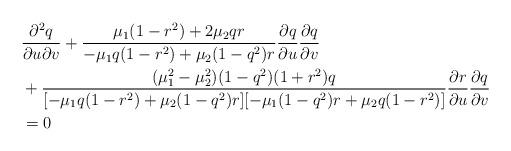
LaTeX: \begin{align*}\begin{aligned} &\frac{\partial^2q}{\partial u\partial v}+\frac{\mu_1(1-r^2)+2\mu_2qr}{-\mu_1q(1-r^2)+\mu_2(1-q^2)r}\frac{\partial q}{\partial u}\frac{\partial q}{\partial v}\\ &+\frac{(\mu_1^2-\mu_2^2)(1-q^2)(1+r^2)q}{[-\mu_1q(1-r^2)+\mu_2(1-q^2)r][-\mu_1(1-q^2)r+\mu_2q(1-r^2)]}\frac{\partial r}{\partial u}\frac{\partial q}{\partial v}\\ &=0\end{aligned}\end{align*}